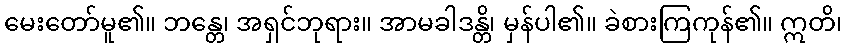
မေးတော်မူ၏။ ဘန္တေ၊ အရှင်ဘုရား။ အာမခါဒန္တိ၊ မှန်ပါ၏။ ခဲစားကြကုန်၏။ ဣတိ၊